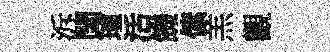
泝閏璮活饑傃羔觀